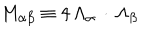
LaTeX: M _ { \alpha \beta } \equiv 4 \, \Lambda _ { \alpha } \, \cdot \, \Lambda _ { \beta }